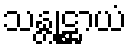
သန္တုဋ္ဌာယံ